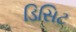
ડિસિટ